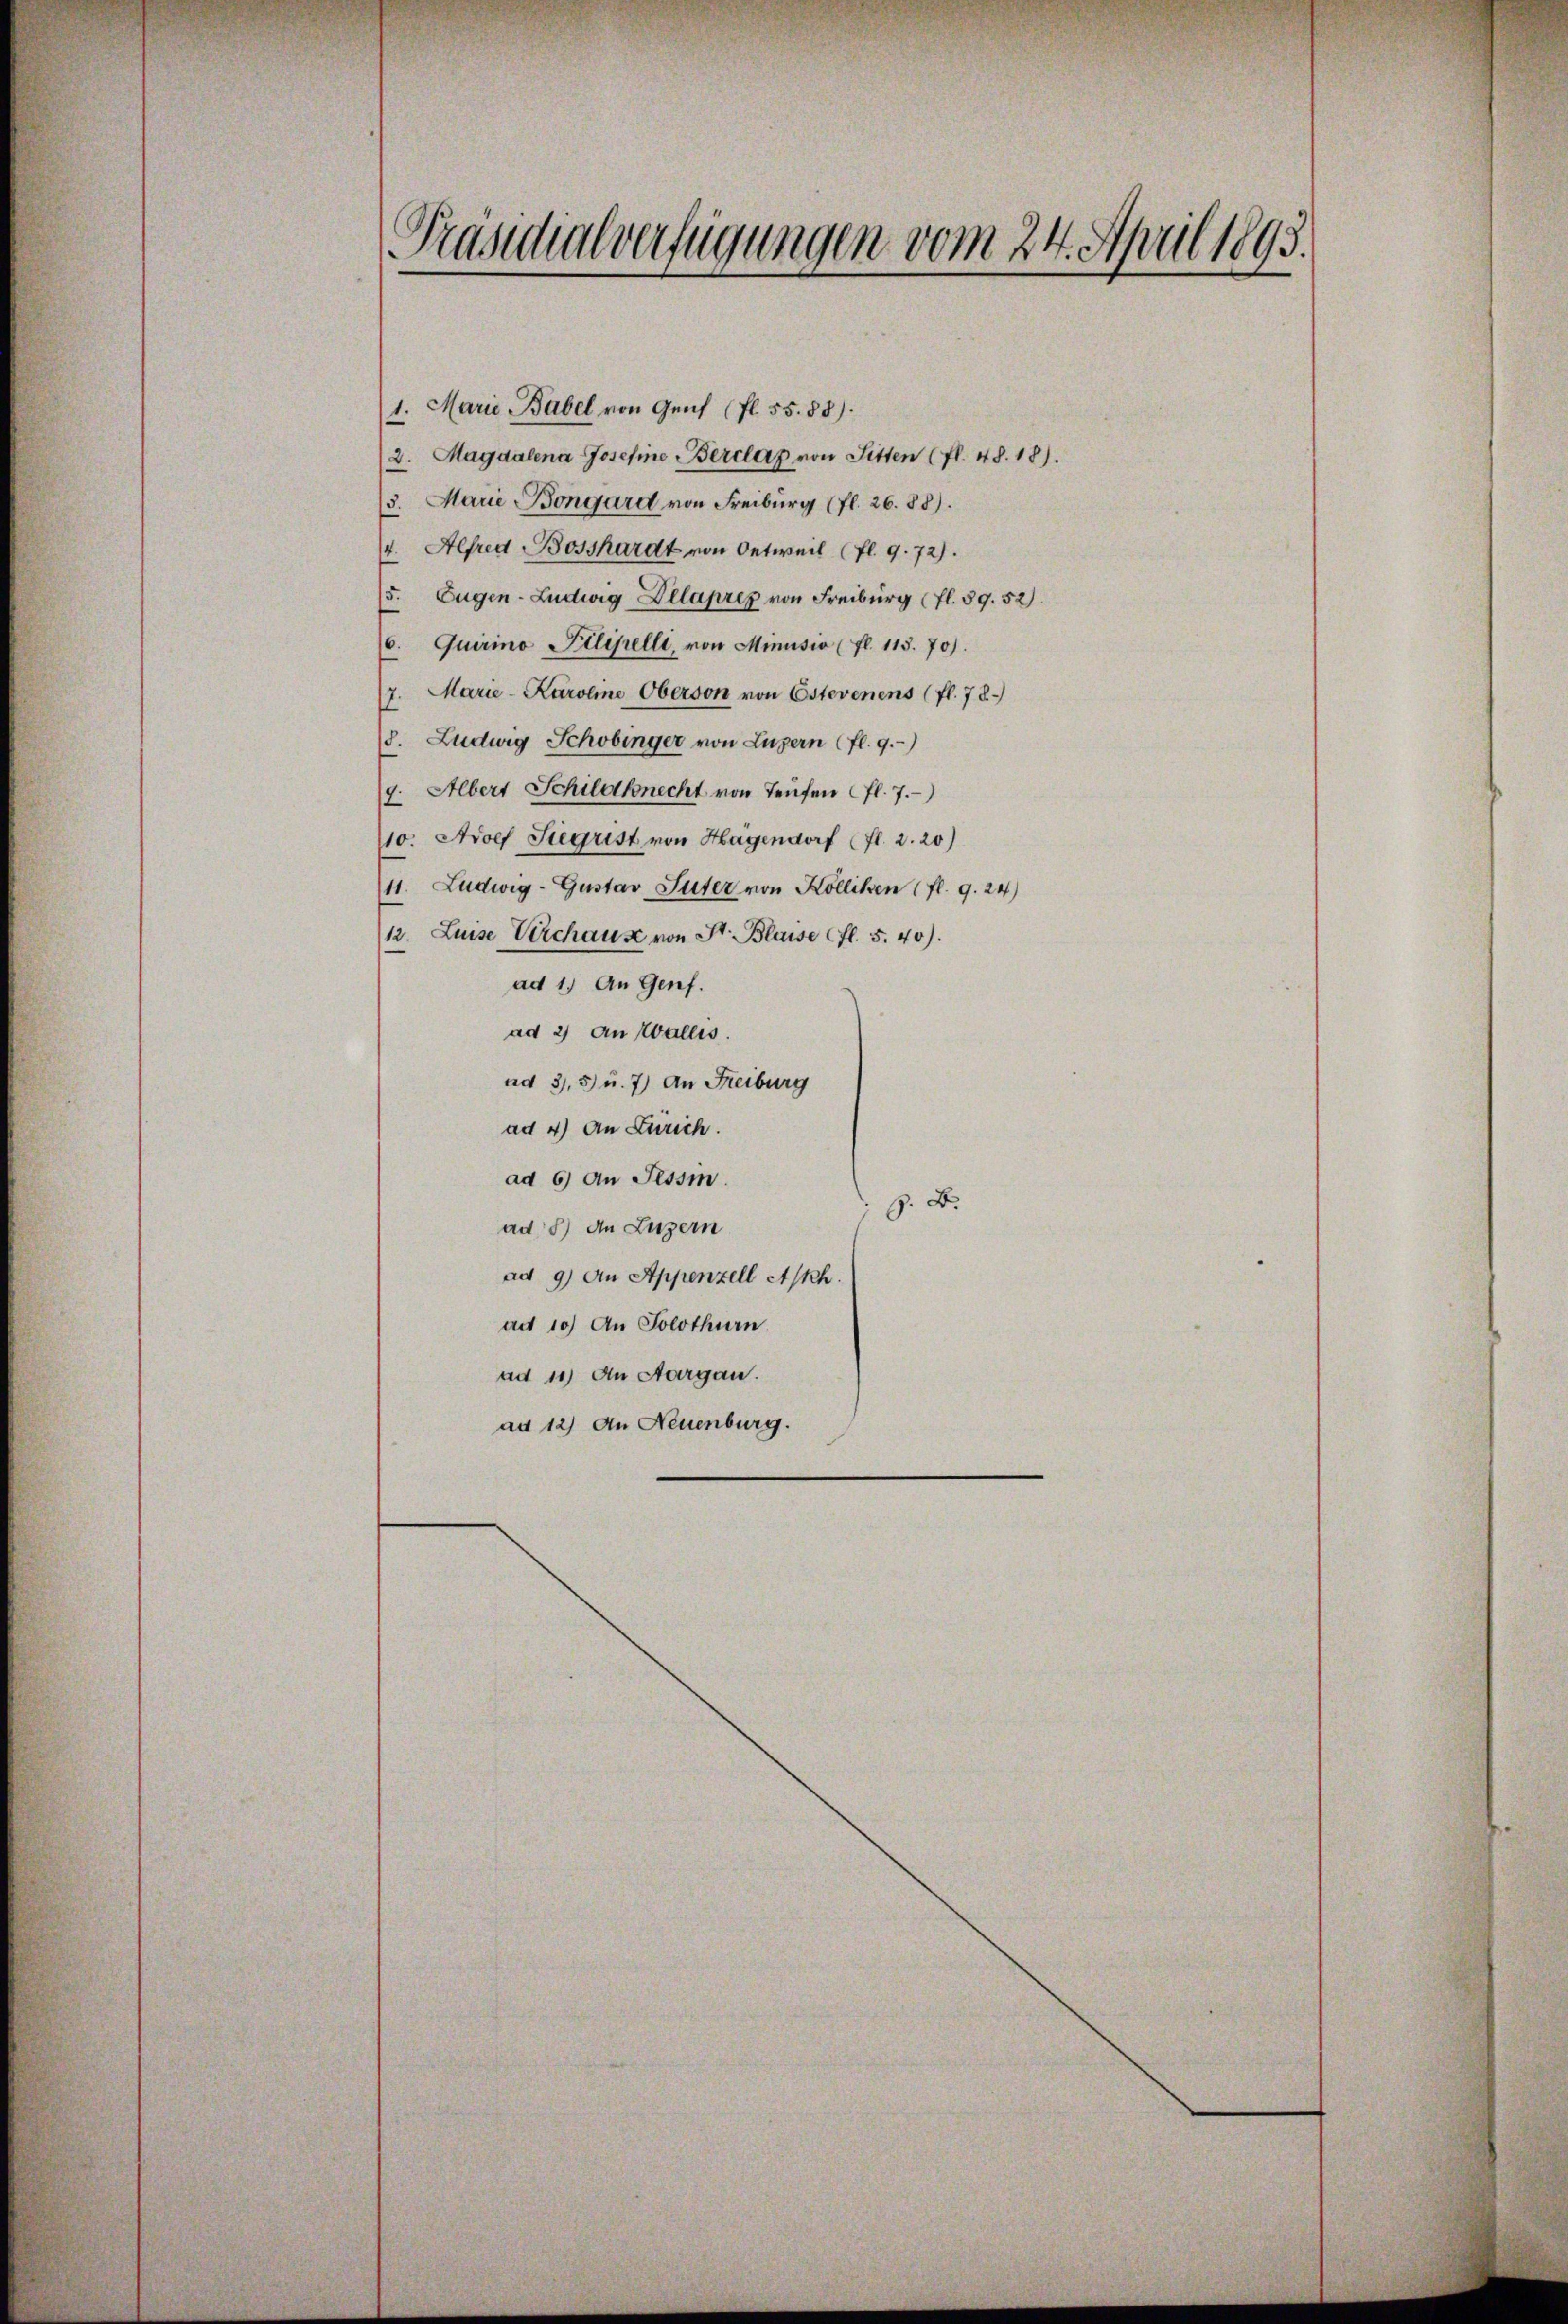
e
Präsidialverfügungen vom 24. April 1893.

1. Marie Babel von Genf (fl. 55.85).
2. Magdalena Josefine Berclaz von Sitten (fl. 48. 18).
(3. Marie Bongard von Freiburg (fl. 26. 88).
v. Alfred Bosshardt von Oetweil (fl. 9. 72).
/5. Eugen-Ludwig Delaprez von Freiburg (fl. 59. 52).
6. Quirino Pilipelli, von Minusio (fl. 113. 70).
7. Marie-Karoline Oberson von Estevenens (fl. 78.
18. Ludwig Schobinger von Luzern (fl. 9.)
g. Albert Schildknecht von Teufen fl. 7.
10. Adolf Siegrist von Hagendorf (fl. 2. 20)
11. Ludwig-Gustav Suter von Kölliken (fl. 9.24)
12. Luise Verchause von St. Blaise fl. 5.40).
ad 1. An Genf.
ad 2) an Wallis.
ad 3,5 u. 7) an Freiburg
ad 4) an Zürich.
ad 6) An Tessin.
G. B.
ad 8) An Luzern
ad 9) An Appenzell Askh.
adt 10) An Solothurn
ad 11) An Aargau.
au 12) An Neuenburg.